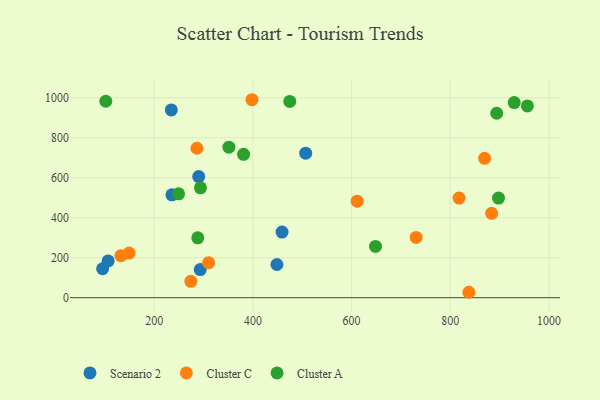
{"axis": {"x": "Experience", "y": "Demand"}, "legend": ["Cluster A", "Cluster C", "Scenario 2"], "data": [{"x": "95.5", "y": 144.6, "type": "Scenario 2"}, {"x": "448.7", "y": 165.9, "type": "Scenario 2"}, {"x": "235.9", "y": 514.2, "type": "Scenario 2"}, {"x": "290.2", "y": 605.6, "type": "Scenario 2"}, {"x": "459.1", "y": 327.9, "type": "Scenario 2"}, {"x": "507.0", "y": 722.5, "type": "Scenario 2"}, {"x": "106.7", "y": 183.6, "type": "Scenario 2"}, {"x": "293.3", "y": 140.4, "type": "Scenario 2"}, {"x": "234.7", "y": 938.7, "type": "Scenario 2"}, {"x": "286.6", "y": 747.2, "type": "Cluster C"}, {"x": "310.3", "y": 174.9, "type": "Cluster C"}, {"x": "869.5", "y": 696.5, "type": "Cluster C"}, {"x": "398.1", "y": 989.7, "type": "Cluster C"}, {"x": "149.2", "y": 223.2, "type": "Cluster C"}, {"x": "730.8", "y": 301.1, "type": "Cluster C"}, {"x": "274.3", "y": 82.0, "type": "Cluster C"}, {"x": "837.6", "y": 27.1, "type": "Cluster C"}, {"x": "132.5", "y": 209.9, "type": "Cluster C"}, {"x": "883.8", "y": 421.7, "type": "Cluster C"}, {"x": "611.3", "y": 482.4, "type": "Cluster C"}, {"x": "817.8", "y": 498.2, "type": "Cluster C"}, {"x": "897.7", "y": 498.0, "type": "Cluster A"}, {"x": "288.3", "y": 299.3, "type": "Cluster A"}, {"x": "956.2", "y": 958.8, "type": "Cluster A"}, {"x": "293.8", "y": 549.3, "type": "Cluster A"}, {"x": "474.7", "y": 981.4, "type": "Cluster A"}, {"x": "249.4", "y": 519.5, "type": "Cluster A"}, {"x": "101.9", "y": 982.0, "type": "Cluster A"}, {"x": "351.4", "y": 752.3, "type": "Cluster A"}, {"x": "648.5", "y": 256.2, "type": "Cluster A"}, {"x": "929.5", "y": 975.7, "type": "Cluster A"}, {"x": "381.1", "y": 716.7, "type": "Cluster A"}, {"x": "894.1", "y": 922.1, "type": "Cluster A"}]}